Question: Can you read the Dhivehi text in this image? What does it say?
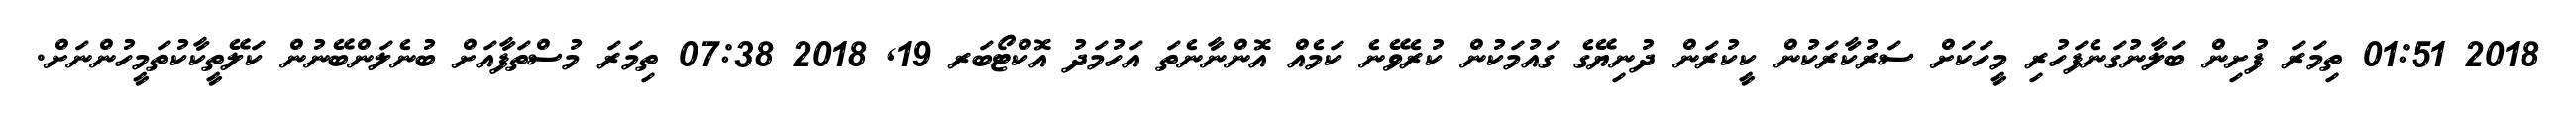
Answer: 2018 01:51 ތިމަރަ ފުށިން ބަލާނުގަނެފަހުރި މީހަކަށް ސަރުކާރަކުން ކީކުރަން ދުނިޔޭގެ ގައުމަކުން ކުރެވޭނެ ކަމެއް އޮންނާނެތަ އަހުމަދު އޮކްޓޯބަރ 19, 2018 07:38 ތިމަރަ މުސްތަފާއަށް ބުނެލަންބޭނުން ކަލޭތީކާކުތަމީހުންނަށް.